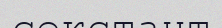
секстант